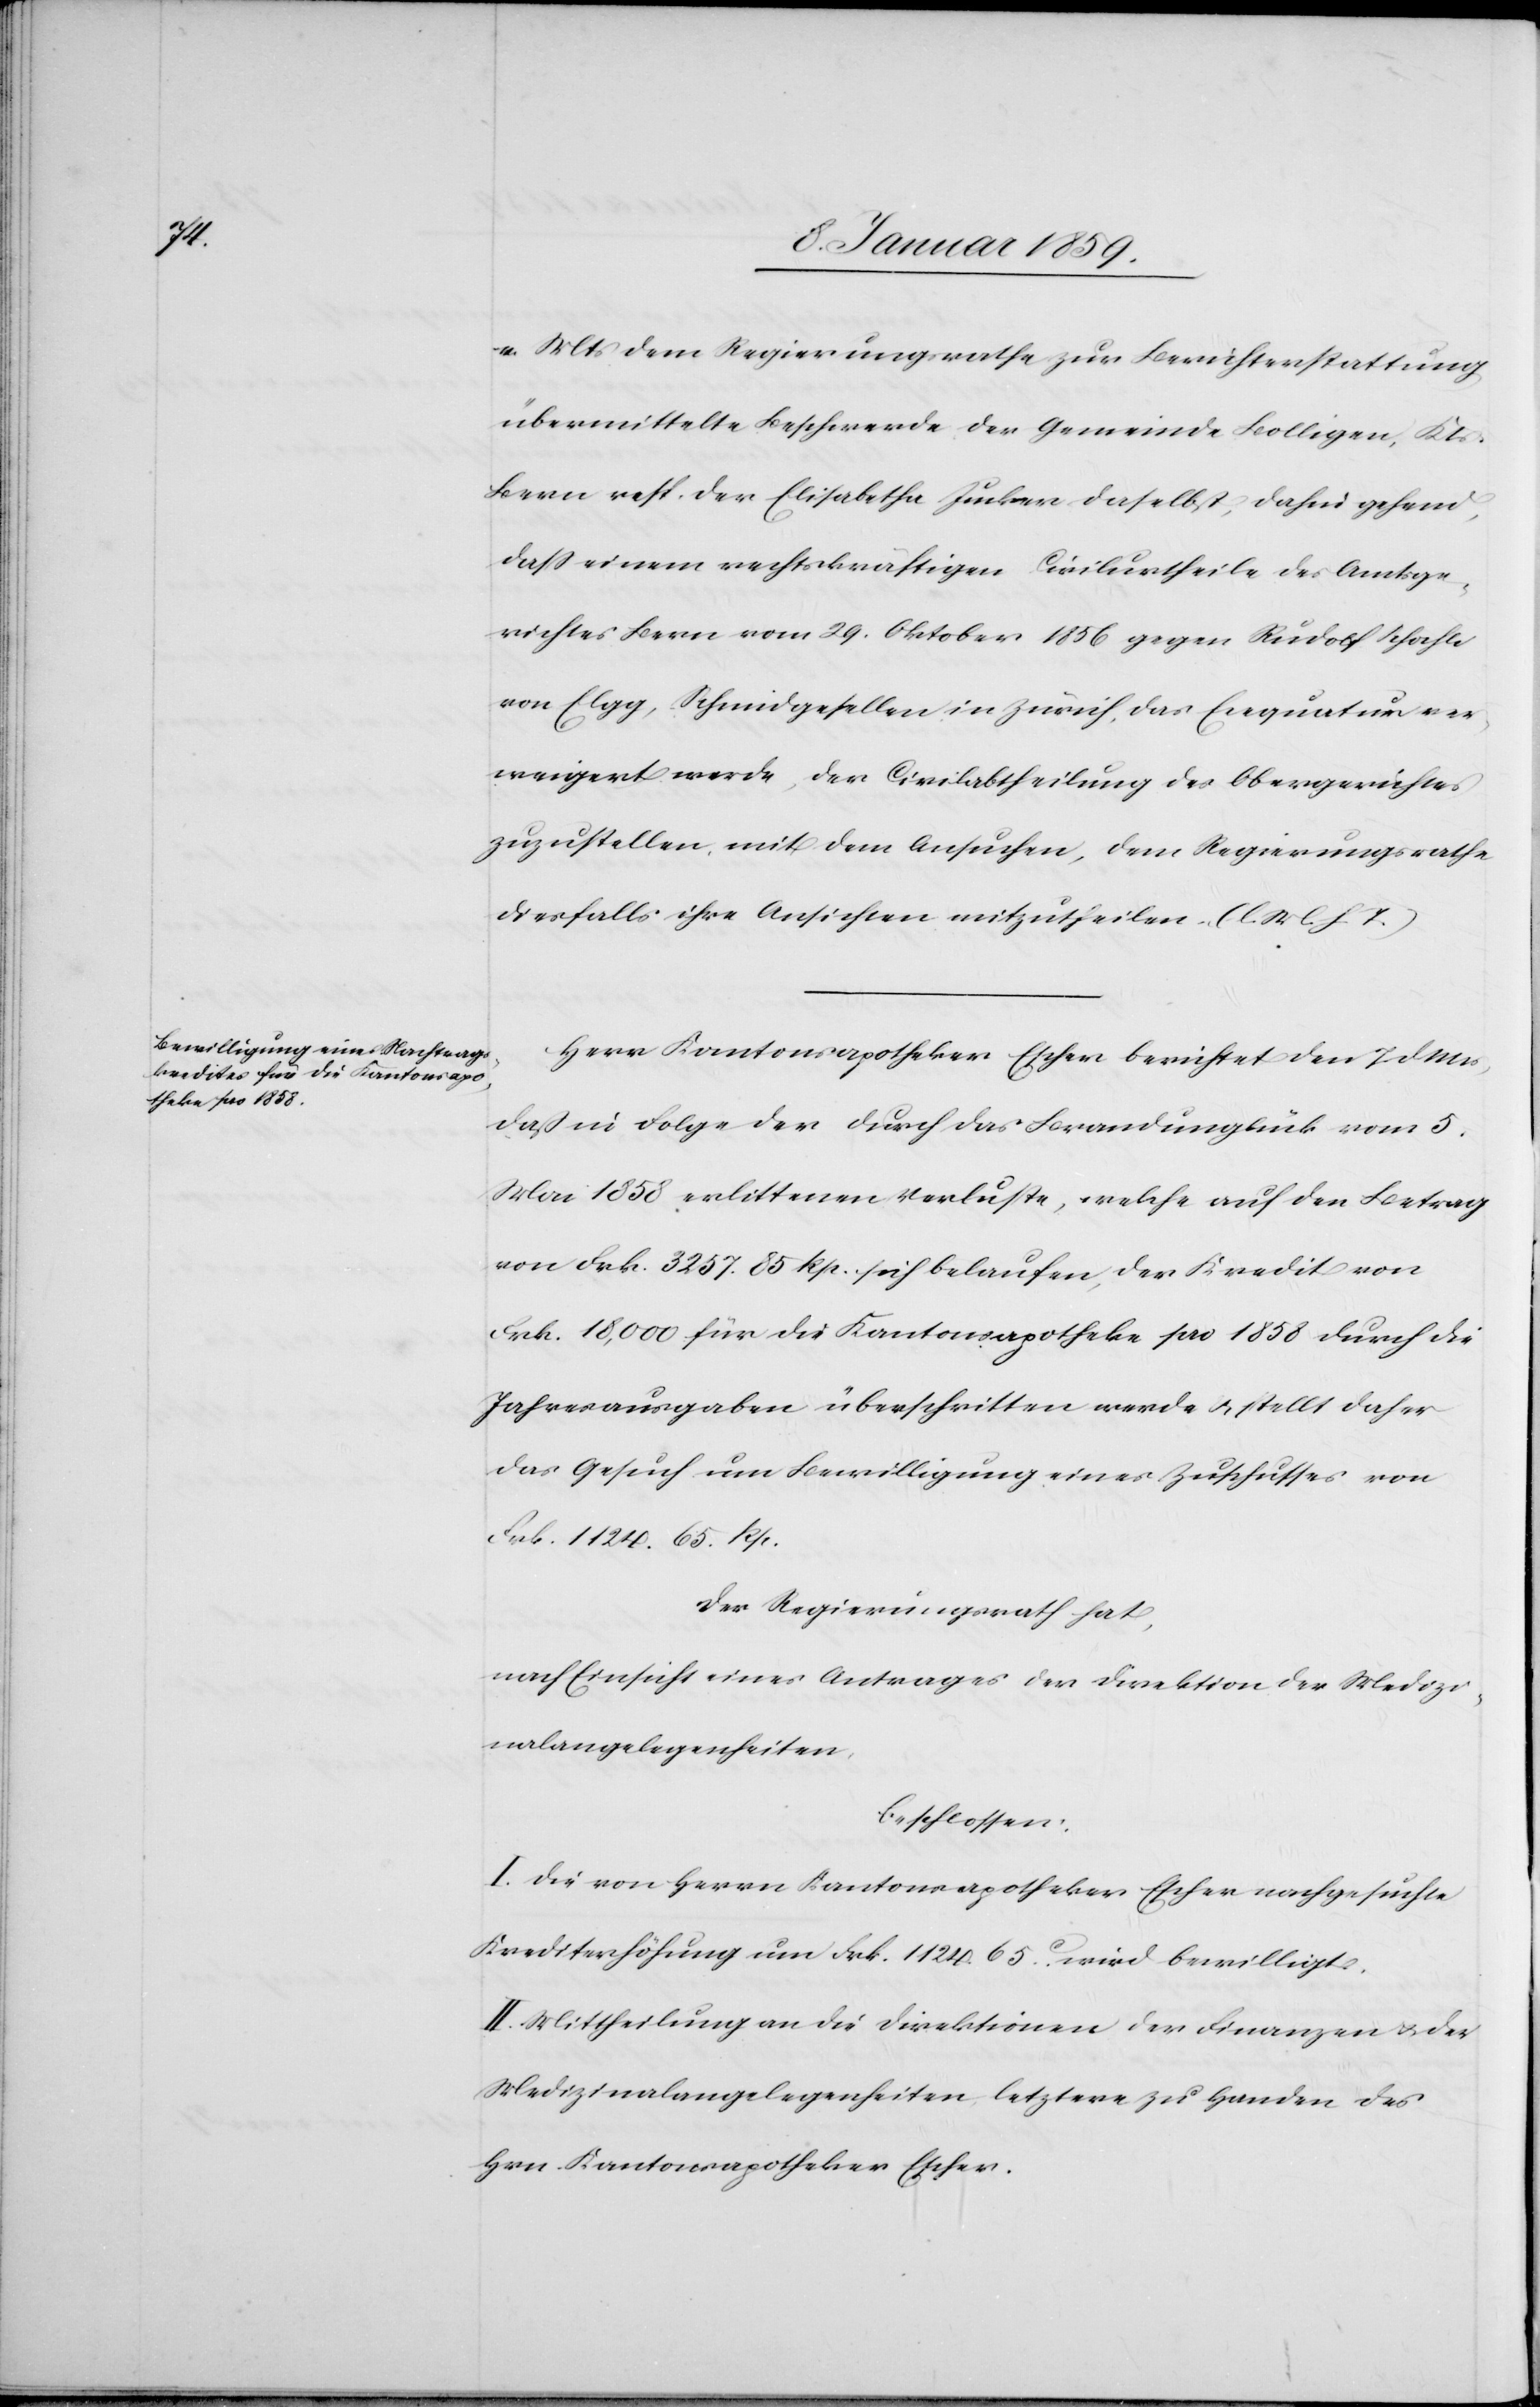
v. Mts. dem Regierungsrathe zur Berichterstattung
übermittelte Beschwerde der Gemeinde Bolligen, Kt.
Bern resp. der Elisabetha Jucker daselbst, dahin gehend,
daß einem rechtskräftigen Civilurtheile des Amtsge¬
richtes Bern vom 29. Oktober 1856 gegen Rudolf Schochli
von Elgg, Schmidgesellen in Zürich, das Exequatur ver¬
weigert werde, der Civilabtheilung des Obergerichtes
zuzustellen, mit dem Ansuchen, dem Regierungsrathe
diesfalls ihre Ansichten mitzutheilen. (l. M. h. T.)
Herr Kantonsapotheker Eicher berichtet den 7. d. Mts,
daß in Folge der durch das Brandunglück vom 5.
Mai 1858 erlittenen Verluste, welche auf den Betrag
von Frk. 3257. 85 Rp. sich belaufen, der Kredit von
Frk. 18,000 für die Kantonsapotheke pro 1858 durch die
Jahresausgaben überschritten werde u. stellt daher
das Gesuch um Bewilligung eines Zuschusses von
Frk. 1124. 65. Rp.
Der Regierungsrath hat,
nach Einsicht eines Antrages der Direktion der Medizi¬
nalangelegenheiten,
beschlossen:
I. Die von Herrn Kantonsapotheker Eicher nachgesuchte
Krediterhöhung um Frk. 1124. 65.c. wird bewilligt.
II. Mittheilung an die Direktion der Finanzen u. der
Medizinalangelegenheiten, letztere zu Handen des
Hrn. Kantonsapotheker Eicher.